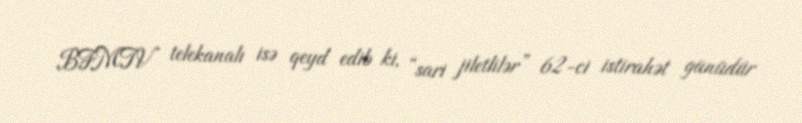
BFMTV telekanalı isə qeyd edib ki, “sari jiletlilər” 62-ci istirahət günüdür